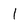
Character: 1